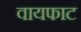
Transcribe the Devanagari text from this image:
वायफाट